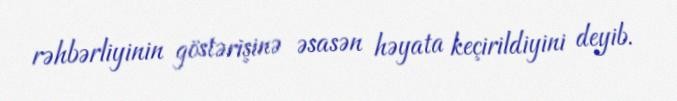
rəhbərliyinin göstərişinə əsasən həyata keçirildiyini deyib.